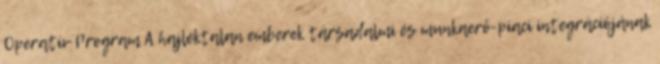
Operatív Program A hajléktalan emberek társadalmi és munkaerő-piaci integrációjának